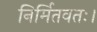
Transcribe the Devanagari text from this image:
निर्मितवतः।